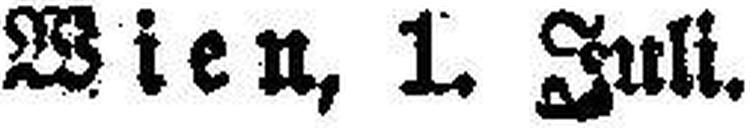
Wien, 1. Juli.